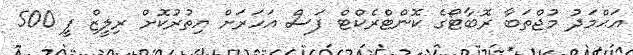
އަޙްމަދު މުޖްތަބާ ރޮބާޓޯގެ ކޮންޓްރެކްޓް ފަސް އަހަރަށް އިތުރުކޮށް ރިލީޒް ފީ 500